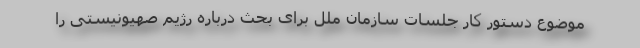
موضوع دستور کار جلسات سازمان ملل برای بحث درباره رژیم صهیونیستی را